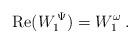
LaTeX: \begin{align*}{\rm Re}(W_1^{\,\Psi})=W_1^\omega\:.\end{align*}